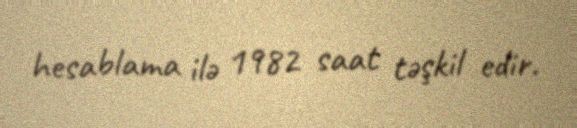
hesablama ilə 1982 saat təşkil edir.